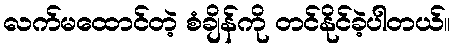
လက်မထောင်တဲ့ စံချိန်ကို တင်နိုင်ခဲ့ပါတယ်။